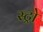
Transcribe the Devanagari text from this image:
स्ट्रो